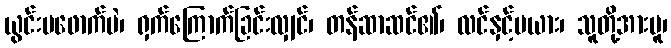
ယွင်းမဖောက်ပဲ၊ ရှက်ကြောက်ခြင်းလျှင်၊ တန်ဆာဆင်၏၊ လင်နှင့်မယား၊ သူတို့အားမူ၊